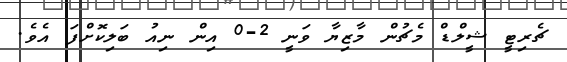
ޗެރިޓީ ޝީލްޑް މެޗުން މާޒިޔާ ވަނީ 2-0 އިން ނިއު ބަލިކޮށްފަ އެވެ.